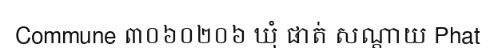
Commune ៣០៦០២០៦ ឃុំ ផាត់ សណ្តាយ Phat